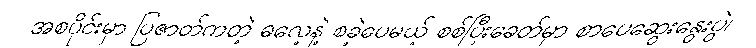
အစပိုင်းမှာ ပြဇာတ်ကတဲ့ ဓလေ့နဲ့ စခဲ့ပေမယ့် စစ်ပြီးခေတ်မှာ စာပေဆွေးနွေးပွဲ၊